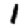
Digit: 1